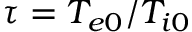
\tau = T _ { e 0 } / T _ { i 0 }